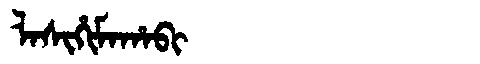
Manchu: ᠯᠠᠰᡳᡥᡳᠮᠠᡥᠠᠪᡳ
Romanization: LASIHIMAHABI